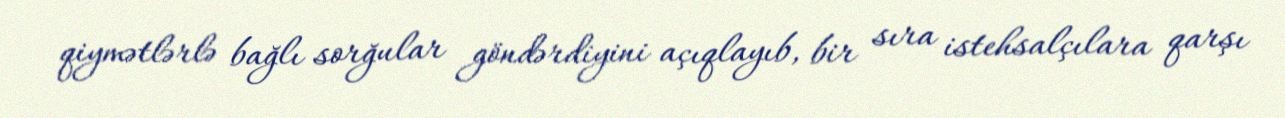
qiymətlərlə bağlı sorğular göndərdiyini açıqlayıb, bir sıra istehsalçılara qarşı